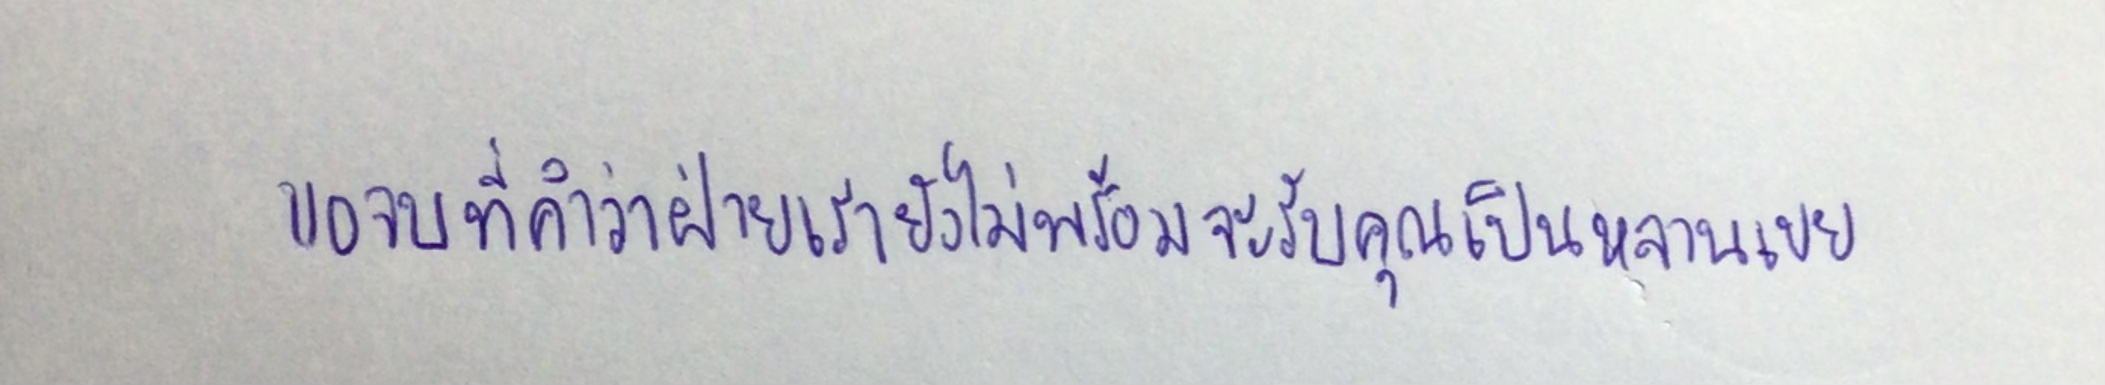
ขอจบที่คำว่าฝ่ายเรายังไม่พร้อมจะรับคุณเป็นหลานเขย"